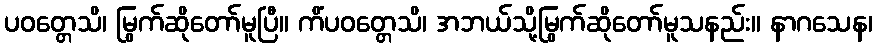
ပဝတ္တေသိ၊ မြွက်ဆိုတော်မူပြီ။ ကိံပဝတ္တေသိ၊ အဘယ်သို့မြွက်ဆိုတော်မူသနည်း။ နာဂသေန၊